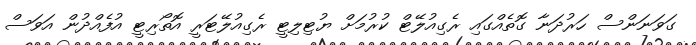
ގަވަނަންސް ހަރުދަނާ ގޮތެއްގައި ރެގިއުލޭޓް ކުރުމަށް ޔުޓިލިޓީ ރެގިއުލޭޓަރީ އޮތޯރިޓީ އުފެއްދުން އަވަސް